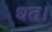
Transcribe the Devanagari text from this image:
धत।